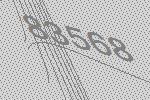
83568